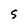
Character: S